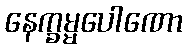
နေက္ခမ္မပေါဏော